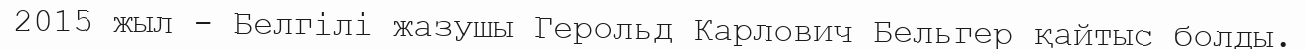
2015 жыл - Белгілі жазушы Герольд Карлович Бельгер қайтыс болды.